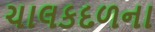
ચાલકદળના